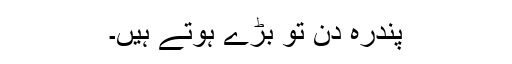
پندرہ دن تو بڑے ہوتے ہیں۔